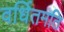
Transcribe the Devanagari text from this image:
वर्धितमति